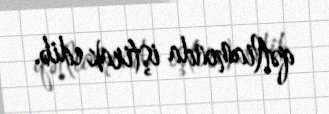
qətliamında iştirak edib.